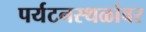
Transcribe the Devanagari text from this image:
पर्यटनस्थळांवर